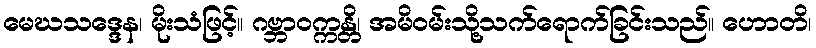
မေဃသဒ္ဒေန၊ မိုးသံဖြင့်။ ဂဗ္ဘာဝက္ကန္တိ၊ အမိဝမ်းသို့သက်ရောက်ခြင်းသည်။ ဟောတိ၊